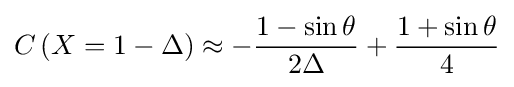
C\left(X=1-\Delta \right)\approx -{\frac {1-\sin \theta }{2\Delta }}+{\frac {1+\sin \theta }{4}}